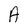
Character: A